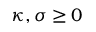
\kappa , \sigma \geq 0